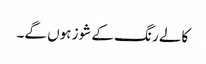
کالے رنگ کے شوز ہوں گے۔